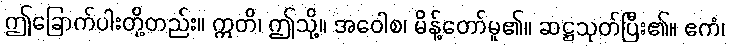
ဤခြောက်ပါးတို့တည်း။ ဣတိ၊ ဤသို့။ အဝေါစ၊ မိန့်တော်မူ၏။ ဆဋ္ဌသုတ်ပြီး၏။ ဧကံ၊